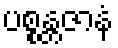
ပစ္စန္တဇာနံ